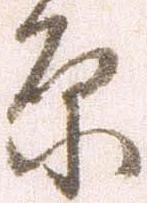
原